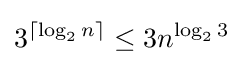
3^{\lceil \log _{2}n\rceil }\leq 3n^{\log _{2}3}\,\!